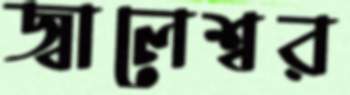
জ্বালেশ্বর